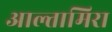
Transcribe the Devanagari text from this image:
आल्तामिरा